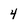
Character: 4